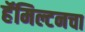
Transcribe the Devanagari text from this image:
हॅमिल्टनचा